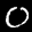
Label: 0